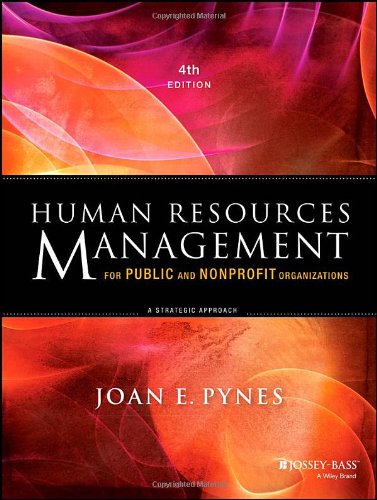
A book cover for Human Resources Management for Public and Nonprofit Organizations: A Strategic Approach; Joan E. Pynes; Business & Money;